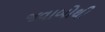
જવાબોથી